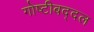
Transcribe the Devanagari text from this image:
गोष्टीबद्दल